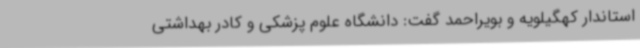
استاندار کهگیلویه و بویراحمد گفت: دانشگاه علوم پزشکی و کادر بهداشتی